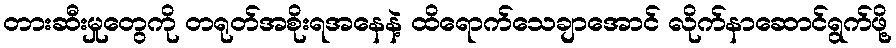
တားဆီးမှုတွေကို တရုတ်အစိုးရအနေနဲ့ ထိရောက်သေချာအောင် လိုက်နာဆောင်ရွက်ဖို့